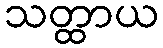
သတ္ထာယ